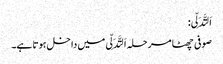
اَلتَّدَلِّی:
صوفی چھٹا مرحلہ اَلتَّدَلِّی میں داخل ہوتا ہے۔